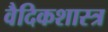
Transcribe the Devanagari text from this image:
वैदिकशास्त्र